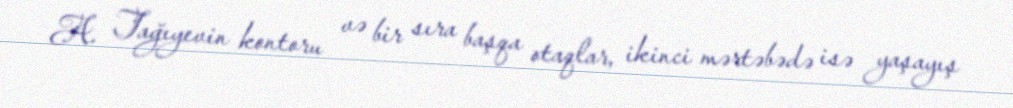
A. Tağıyevin kontoru və bir sıra başqa otaqlar, ikinci mərtəbədə isə yaşayış